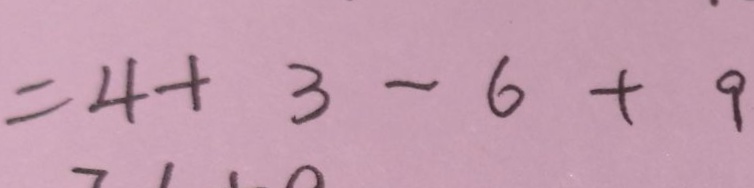
= 4 + 3 - 6 + 9